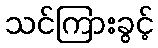
သင်ကြားခွင့်